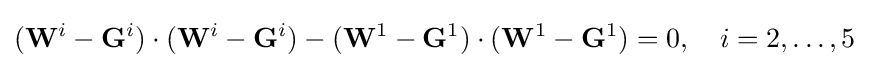
(\mathbf {W} ^{i}-\mathbf {G} ^{i})\cdot (\mathbf {W} ^{i}-\mathbf {G} ^{i})-(\mathbf {W} ^{1}-\mathbf {G} ^{1})\cdot (\mathbf {W} ^{1}-\mathbf {G} ^{1})=0,\quad i=2,\ldots ,5